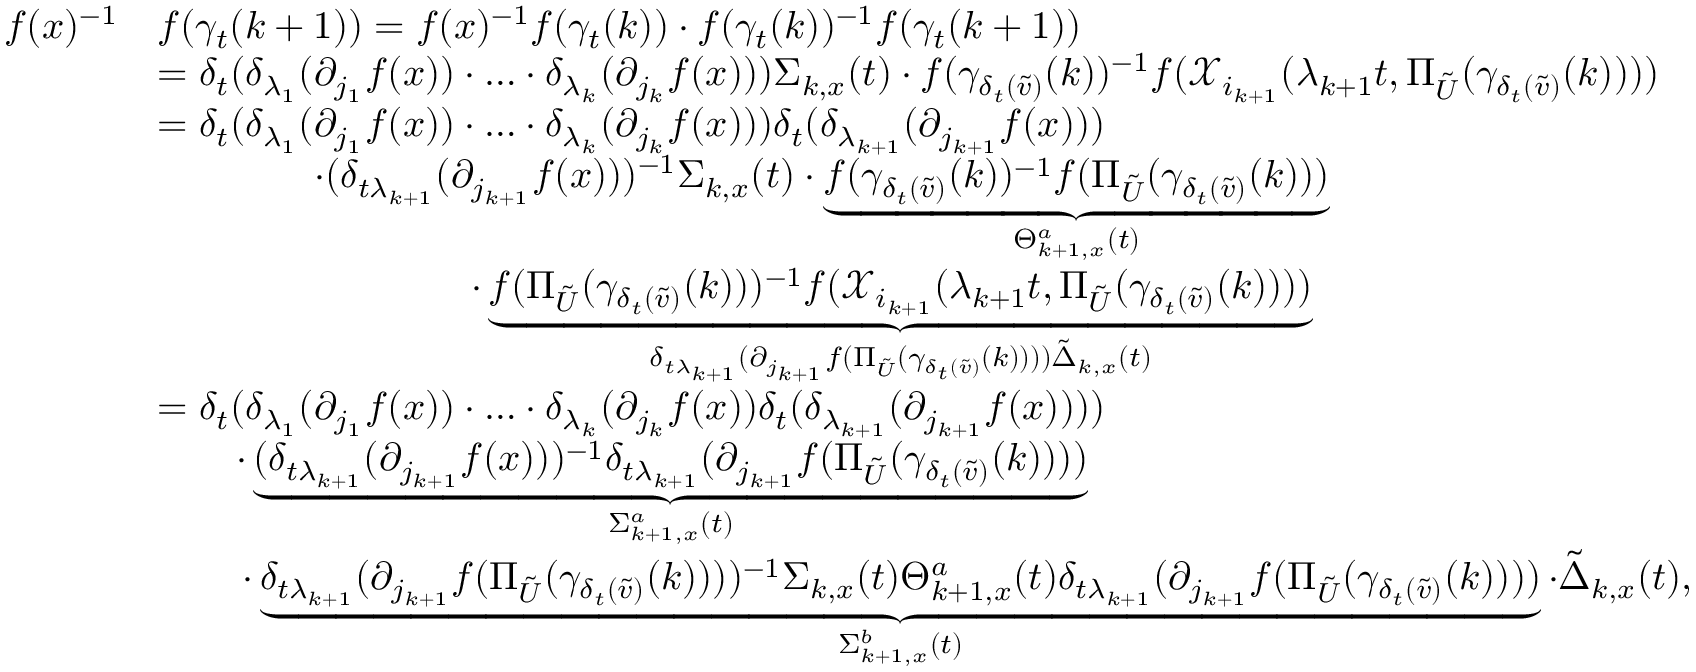
\begin{array} { r l } { f ( x ) ^ { - 1 } } & { f ( \gamma _ { t } ( k + 1 ) ) = f ( x ) ^ { - 1 } f ( \gamma _ { t } ( k ) ) \cdot f ( \gamma _ { t } ( k ) ) ^ { - 1 } f ( \gamma _ { t } ( k + 1 ) ) } \\ & { = \delta _ { t } ( \delta _ { \lambda _ { 1 } } ( \partial _ { j _ { 1 } } f ( x ) ) \cdot \ldots \cdot \delta _ { \lambda _ { k } } ( \partial _ { j _ { k } } f ( x ) ) ) \Sigma _ { k , x } ( t ) \cdot f ( \gamma _ { \delta _ { t } ( \tilde { v } ) } ( k ) ) ^ { - 1 } f ( \mathcal { X } _ { i _ { k + 1 } } ( \lambda _ { k + 1 } t , \Pi _ { \tilde { U } } ( \gamma _ { \delta _ { t } ( \tilde { v } ) } ( k ) ) ) ) } \\ & { = \delta _ { t } ( \delta _ { \lambda _ { 1 } } ( \partial _ { j _ { 1 } } f ( x ) ) \cdot \ldots \cdot \delta _ { \lambda _ { k } } ( \partial _ { j _ { k } } f ( x ) ) ) \delta _ { t } ( \delta _ { \lambda _ { k + 1 } } ( \partial _ { j _ { k + 1 } } f ( x ) ) ) } \\ & { \qquad \qquad \cdot ( \delta _ { t \lambda _ { k + 1 } } ( \partial _ { j _ { k + 1 } } f ( x ) ) ) ^ { - 1 } \Sigma _ { k , x } ( t ) \cdot \underbrace { f ( \gamma _ { \delta _ { t } ( \tilde { v } ) } ( k ) ) ^ { - 1 } f ( \Pi _ { \tilde { U } } ( \gamma _ { \delta _ { t } ( \tilde { v } ) } ( k ) ) ) } _ { \Theta _ { k + 1 , x } ^ { a } ( t ) } } \\ & { \qquad \qquad \qquad \qquad \cdot \underbrace { f ( \Pi _ { \tilde { U } } ( \gamma _ { \delta _ { t } ( \tilde { v } ) } ( k ) ) ) ^ { - 1 } f ( \mathcal { X } _ { i _ { k + 1 } } ( \lambda _ { k + 1 } t , \Pi _ { \tilde { U } } ( \gamma _ { \delta _ { t } ( \tilde { v } ) } ( k ) ) ) ) } _ { \delta _ { t \lambda _ { k + 1 } } ( \partial _ { j _ { k + 1 } } f ( \Pi _ { \tilde { U } } ( \gamma _ { \delta _ { t } ( \tilde { v } ) } ( k ) ) ) ) \tilde { \Delta } _ { k , x } ( t ) } } \\ & { = \delta _ { t } ( \delta _ { \lambda _ { 1 } } ( \partial _ { j _ { 1 } } f ( x ) ) \cdot \ldots \cdot \delta _ { \lambda _ { k } } ( \partial _ { j _ { k } } f ( x ) ) \delta _ { t } ( \delta _ { \lambda _ { k + 1 } } ( \partial _ { j _ { k + 1 } } f ( x ) ) ) ) } \\ & { \qquad \cdot \underbrace { ( \delta _ { t \lambda _ { k + 1 } } ( \partial _ { j _ { k + 1 } } f ( x ) ) ) ^ { - 1 } \delta _ { t \lambda _ { k + 1 } } ( \partial _ { j _ { k + 1 } } f ( \Pi _ { \tilde { U } } ( \gamma _ { \delta _ { t } ( \tilde { v } ) } ( k ) ) ) ) } _ { \Sigma _ { k + 1 , x } ^ { a } ( t ) } } \\ & { \, \qquad \cdot \underbrace { \delta _ { t \lambda _ { k + 1 } } ( \partial _ { j _ { k + 1 } } f ( \Pi _ { \tilde { U } } ( \gamma _ { \delta _ { t } ( \tilde { v } ) } ( k ) ) ) ) ^ { - 1 } \Sigma _ { k , x } ( t ) \Theta _ { k + 1 , x } ^ { a } ( t ) \delta _ { t \lambda _ { k + 1 } } ( \partial _ { j _ { k + 1 } } f ( \Pi _ { \tilde { U } } ( \gamma _ { \delta _ { t } ( \tilde { v } ) } ( k ) ) ) ) } _ { \Sigma _ { k + 1 , x } ^ { b } ( t ) } \cdot \tilde { \Delta } _ { k , x } ( t ) , } \end{array}